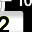
Digit: 2